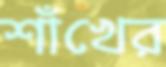
শাঁখের